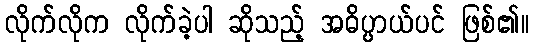
လိုက်လိုက လိုက်ခဲ့ပါ ဆိုသည့် အဓိပ္ပာယ်ပင် ဖြစ်၏။